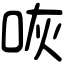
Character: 咴